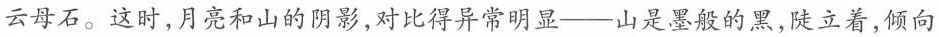
云母石。这时,月亮和山的阴影,对比得异常明显一一山是墨般的黑,陡立着,倾向